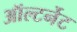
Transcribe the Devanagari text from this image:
ऑल्टर्नेट